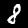
Label: 8